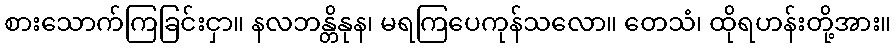
စားသောက်ကြခြင်းငှာ။ နလဘန္တိနုန၊ မရကြပေကုန်သလော။ တေသံ၊ ထိုရဟန်းတို့အား။